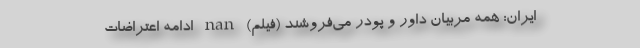
ایران: همه مربیان داور و پودر می‌فروشند (فیلم) nan ادامه اعتراضات